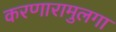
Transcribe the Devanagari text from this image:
करणारामुलगा